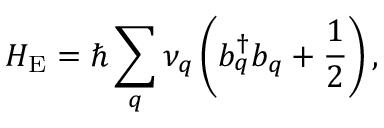
H _ { \mathrm { E } } = \hbar \sum _ { q } \nu _ { q } \left( b _ { q } ^ { \dagger } b _ { q } + \frac { 1 } { 2 } \right) ,